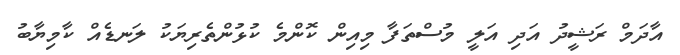
އާދަމް ރަޝީދު އަދި އަލީ މުސްތަފާ މިއިން ކޮންމެ ކުޅުންތެރިޔަކު ލަނޑެއް ކާމިޔާބު